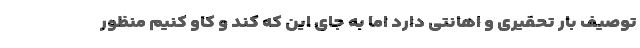
توصیف بار تحقیری و اهانتی دارد اما به جای این که کند و کاو کنیم منظور